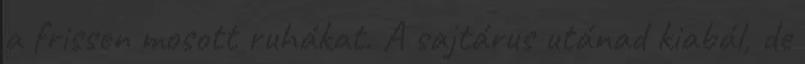
a frissen mosott ruhákat. A sajtárus utánad kiabál, de